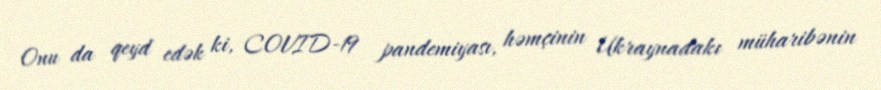
Onu da qeyd edək ki, COVID-19 pandemiyası, həmçinin Ukraynadakı müharibənin